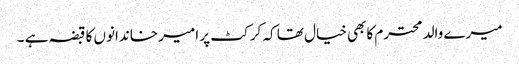
میرے والد محترم کابھی خیال تھا کہ کرکٹ پر امیر خاندانوں کا قبضہ ہے ۔